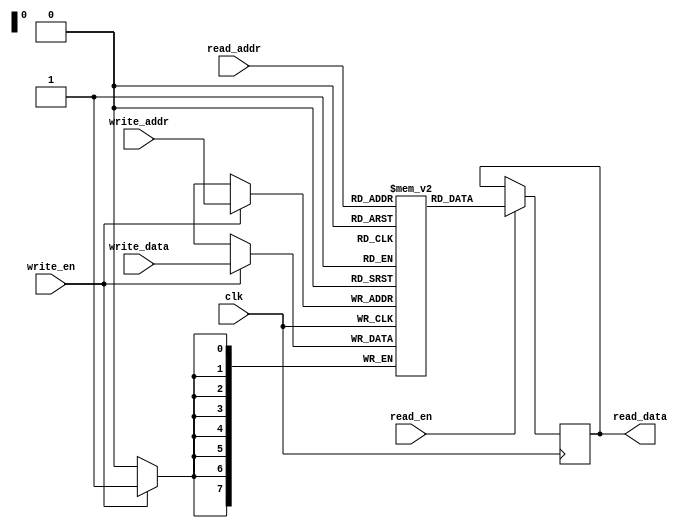
module dual_port_ram (
    input wire clk,
    input wire [7:0] read_addr,
    input wire read_en,
    output reg [7:0] read_data,
    input wire [7:0] write_addr,
    input wire write_en,
    input wire [7:0] write_data
);

reg [7:0] memory [0:255]; // Dual-port RAM memory array

always @ (posedge clk) begin
    if (read_en) begin
        read_data <= memory[read_addr];
    end
    if (write_en) begin
        memory[write_addr] <= write_data;
    end
end

endmodule